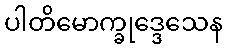
ပါတိမောက္ခုဒ္ဒေသေန